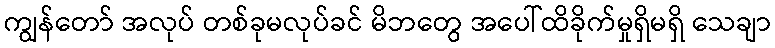
ကျွန်တော် အလုပ် တစ်ခုမလုပ်ခင် မိဘတွေ အပေါ်ထိခိုက်မှုရှိမရှိ သေချာ